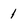
Character: 1